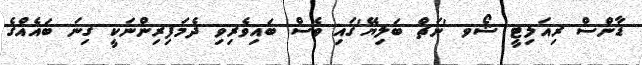
ޑާންސް ރިއަލިޓީ ޝޯވ 'ނަޗް ބަލިޔޭ'ގައި ވެސް ބައިވެރިވި ދެމަފިރިންނަކީ ގިނަ ބައެއްގެ